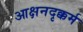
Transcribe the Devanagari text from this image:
आक्षनदृक्कर्म